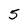
Character: 5